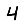
Digit: 4